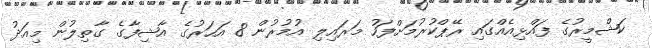
ކަޝްމީރުގެ ފައްޅިއެއްގައި ރޭޕްކުރުމަށްފަހު މަރައިލި އުމުރުން 8 އަހަރުގެ އާޝިފާގެ ގާތިލުން މިއަދު